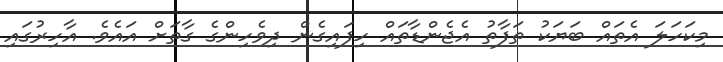
މިކަހަލަ އެތައް ބަަޔަކު ތަފާތު އެޖެންޑާތައް ހިފައިގެން ދިވެހިންގެ ގާތަށް އައެވެ. އާހިރުގައި